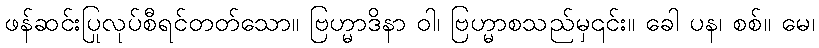
ဖန်ဆင်းပြုလုပ်စီရင်တတ်သော။ ဗြဟ္မာဒိနာ ဝါ၊ ဗြဟ္မာစသည်မှ၎င်း။ ခေါ ပန၊ စစ်။ မေ၊